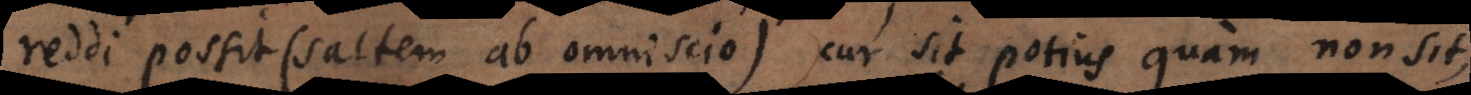
reddi possit (saltem ab omniscio) cur sit potius quam non sit,